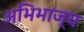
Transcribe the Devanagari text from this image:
अभिभाज्य